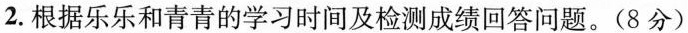
2.根据乐乐和青青的学习时间及检测成绩回答问题。(8分)